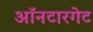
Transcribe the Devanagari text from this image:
ऑनटारगेट